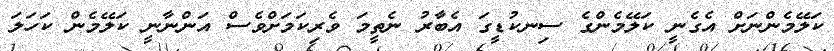
ކަލޭމެންނަށް އެގެނީ ކަލޭމެންގެ ސިނކުޑީގަ އެބާރު ނެތީމަ ވެރިކަމަށްވެސް އަންނާނީ ކަލޭމެން ކަހަލަ